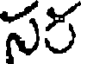
సర